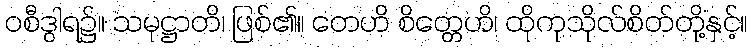
ဝစီဒွါရ၌။ သမုဋ္ဌာတိ၊ ဖြစ်၏။ တေဟိ စိတ္တေဟိ၊ ထိုကုသိုလ်စိတ်တို့နှင့်။